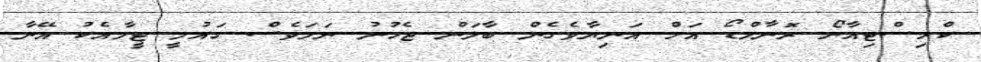
ކްރިސްޓިއާނޯ ރޮނާލްޑޯ އަށް އަނިޔާވެގެން ބާލަން ޖެހުނު ނަމަވެސް ގައުމީ ޓީމާއެކު އޭނާ